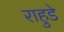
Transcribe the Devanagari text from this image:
राहुडे